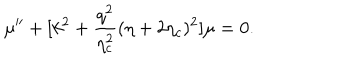
\mu ^ { \prime \prime } + [ k ^ { 2 } + \frac { q ^ { 2 } } { \eta _ { c } ^ { 2 } } ( \eta + 2 \eta _ { c } ) ^ { 2 } ] \mu = 0 .